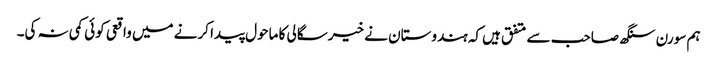
ہم سورن سنگھ صاحب سے متفق ہیں کہ ہندوستان نے خیرسگالی کا ماحول پیدا کرنے میں واقعی کوئی کمی نہ کی۔